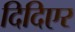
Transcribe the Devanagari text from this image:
दिदिएर